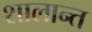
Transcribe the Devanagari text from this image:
शालान्‍त